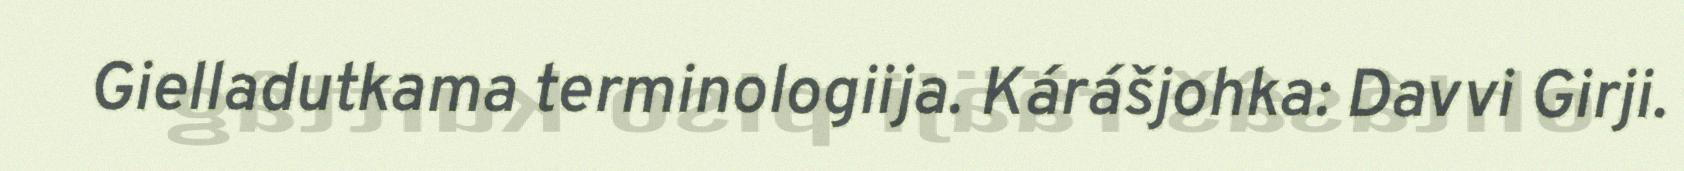
Gielladutkama terminologiija. Kárášjohka: Davvi Girji.